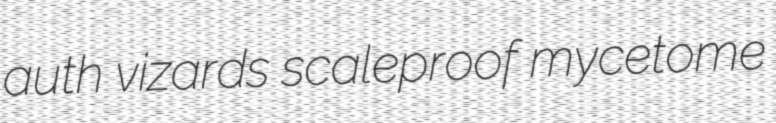
auth vizards scaleproof mycetome